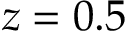
z = 0 . 5